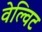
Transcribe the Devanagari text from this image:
वेल्विट